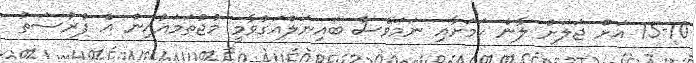
15-10 އަށް ޖަލަށް ލާނެ ކަމަށާއި ނަމަވެސް ބައިނަލްއަގުވާމީ މުޖުތަމައުއިން އެ ފުރުސަތު